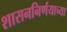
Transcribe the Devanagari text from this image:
शासननिर्णयाच्या